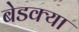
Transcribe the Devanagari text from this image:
बेडक्या